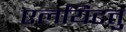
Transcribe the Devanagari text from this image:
एलयिटत्तु